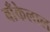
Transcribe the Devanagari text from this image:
बाँकेलाल